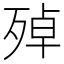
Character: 𱥏